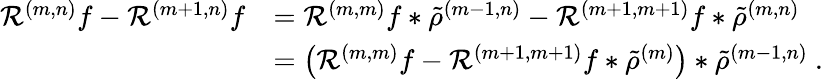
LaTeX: \begin{array}{rl}{\mathcal{R}^{(m,n)}f-\mathcal{R}^{(m+1,n)}f}&{=\mathcal{R}^{(m,m)}f\ast\tilde{\rho}^{(m-1,n)}-\mathcal{R}^{(m+1,m+1)}f\ast\tilde{\rho}^{(m,n)}}\\ &{=\big(\mathcal{R}^{(m,m)}f-\mathcal{R}^{(m+1,m+1)}f\ast\tilde{\rho}^{(m)}\big)\ast\tilde{\rho}^{(m-1,n)}\ .}\end{array}